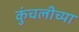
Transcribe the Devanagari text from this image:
कुंचलीच्या